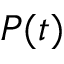
P ( t )